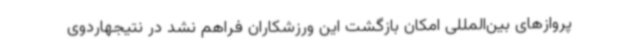
پروازهای بین‌المللی امکان بازگشت این ورزشکاران فراهم نشد در نتیجهاردوی